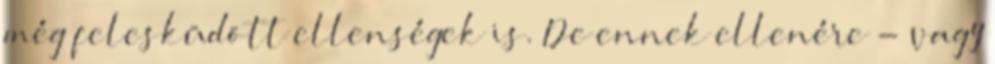
még felesküdött ellenségek is. De ennek ellenére - vagy